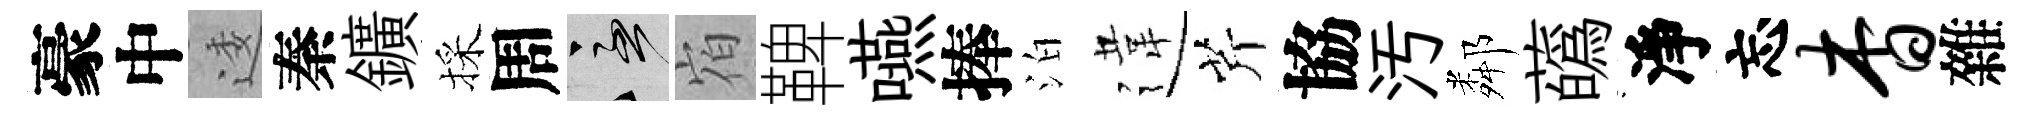
豪中逶秦鑛採周急𪧐鞞嚥捧泊違芹協汚鄰蘤淨忘杳雜